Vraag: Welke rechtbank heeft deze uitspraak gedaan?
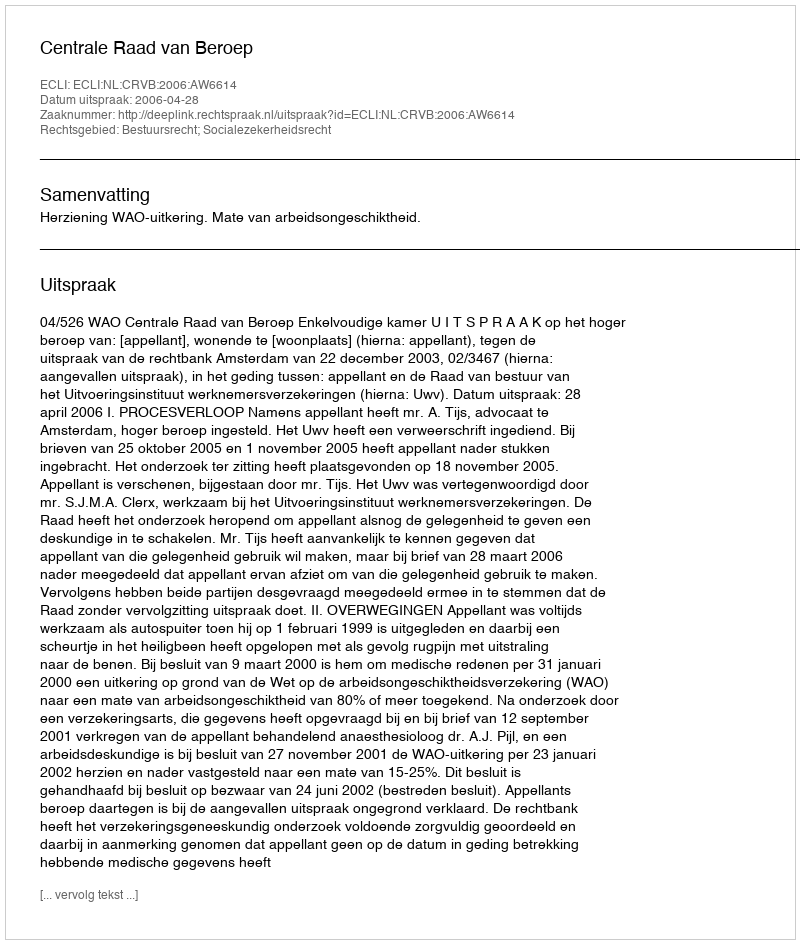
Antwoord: Centrale Raad van Beroep